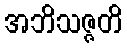
အဘိသဇ္ဇတိ